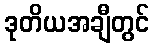
ဒုတိယအချီတွင်